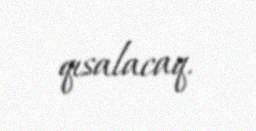
qısalacaq.